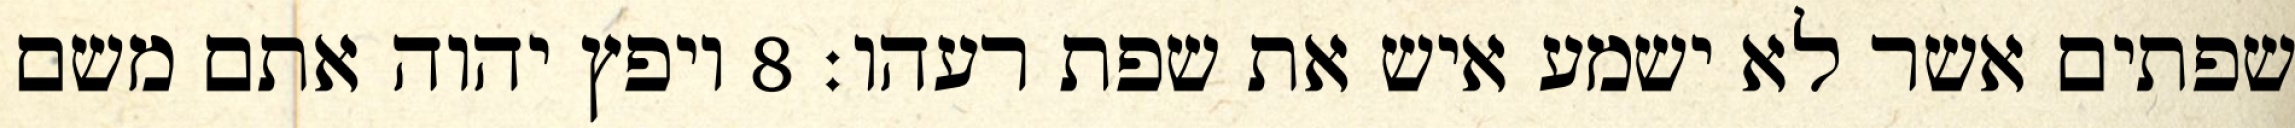
שפתים אשר לא ישמע איש את שפת רעהו׃ ‎8‏ ויפץ יהוה אתם משם